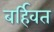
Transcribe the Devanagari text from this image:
बर्हिवत